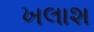
ખલાશ